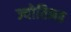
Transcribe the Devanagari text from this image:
ज्योतिमठ